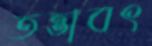
তত্তাবৎ